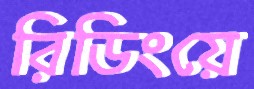
রিডিংয়ে